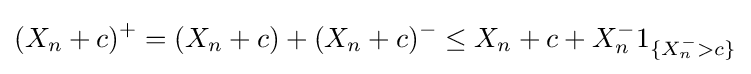
(X_{n}+c)^{+}=(X_{n}+c)+(X_{n}+c)^{-}\leq X_{n}+c+X_{n}^{-}1_{\{X_{n}^{-}>c\}}